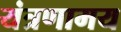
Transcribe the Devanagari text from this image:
यंत्रणामय